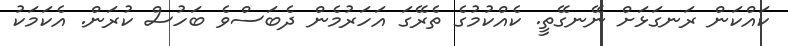
ކައްކަން ރަނގަޅަށް ނޭނގޭތީ. ކެއްކުމުގެ ތެރޭގަ އަހަރުމެން ދެބަސްވެ ބަހުސް ކުރަން. އެކަމަކު